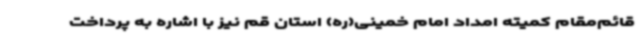
قائم‌مقام کمیته امداد امام خمینی(ره) استان قم نیز با اشاره به پرداخت